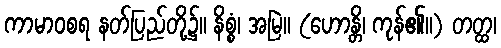
ကာမာဝစရ နတ်ပြည်တို့၌။ နိစ္စံ၊ အမြဲ။ (ဟောန္တိ၊ ကုန်၏။) တတ္ထ၊